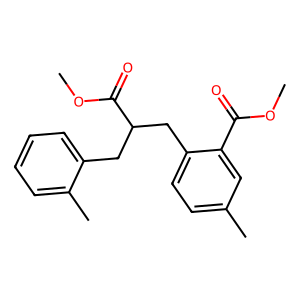
SMILES: COC(=O)c1cc(C)ccc1CC(Cc1ccccc1C)C(=O)OC
Inhibits HIV replication: No